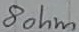
Text: 8ohm